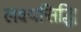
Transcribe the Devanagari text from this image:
लक्ष्यसिद्धि